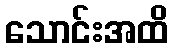
သောင်းအထိ